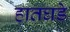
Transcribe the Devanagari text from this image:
हातघडे